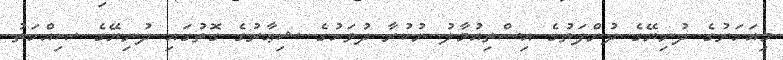
މިއަހަރުގެ ދުނިޔޭގެ ދުންފަތުގެ އިސްތިއުމާލު ނުކުރާ ދުވަހުގެ ޝިޢާރުގެ ގޮތުގައި ދުނިޔޭގެ ޞިއްހަތު